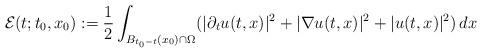
LaTeX: \begin{align*} \mathcal{E}(t;t_0,x_0) &:= \frac{1}{2} \int_{B_{t_0-t}(x_0)\cap \Omega} (|\partial_t u(t,x)|^2 + |\nabla u(t,x)|^2 + |u(t,x)|^2 )\,dx\end{align*}